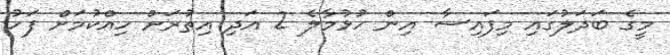
މީގެ ބަދަލުގައި މިފައިސާ އިން ހުޅުމާލެ 2 އަދި އިތުރަށް ހިއްކުމަށް ފަހު